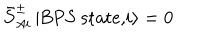
LaTeX: { \bar { S } } _ { A i } ^ { \pm } \, \vert \mathrm { B P S ~ s t a t e , } i \rangle = 0